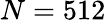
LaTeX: N=512